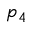
p _ { 4 }